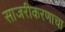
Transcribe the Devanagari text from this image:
साजरीकरणाचा